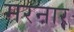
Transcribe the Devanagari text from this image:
मरनार